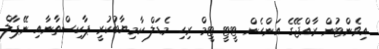
އިވެންޓުން ރާއްޖޭގެ އަންހެން ޓީޓީ ޓީމް ރިހި މެޑަލް ކާމިޔާބުކުރީ ޕާކިސްތާނާއި ނޭޕާލް